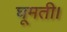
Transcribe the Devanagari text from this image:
घूमती।